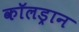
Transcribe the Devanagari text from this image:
कॉलड्रान